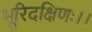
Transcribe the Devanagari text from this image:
भूरिदक्षिणः।।